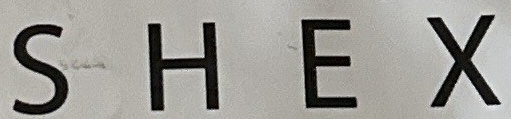
S H E X